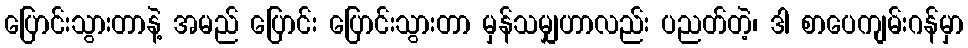
ပြောင်းသွားတာနဲ့ အမည် ပြောင်း ပြောင်းသွားတာ မှန်သမျှဟာလည်း ပညတ်တဲ့၊ ဒါ စာပေကျမ်းဂန်မှာ